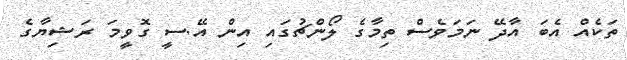
ތަކެއް އެބަ އާދޭ ނަމަވެސް ތިމާގެ ލޯންޗުގައި އިން އޭ.ސީ ގޮވީމަ ރަޝިޔާގެ